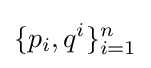
\{p_{i},q^{i}\}_{i=1}^{n}